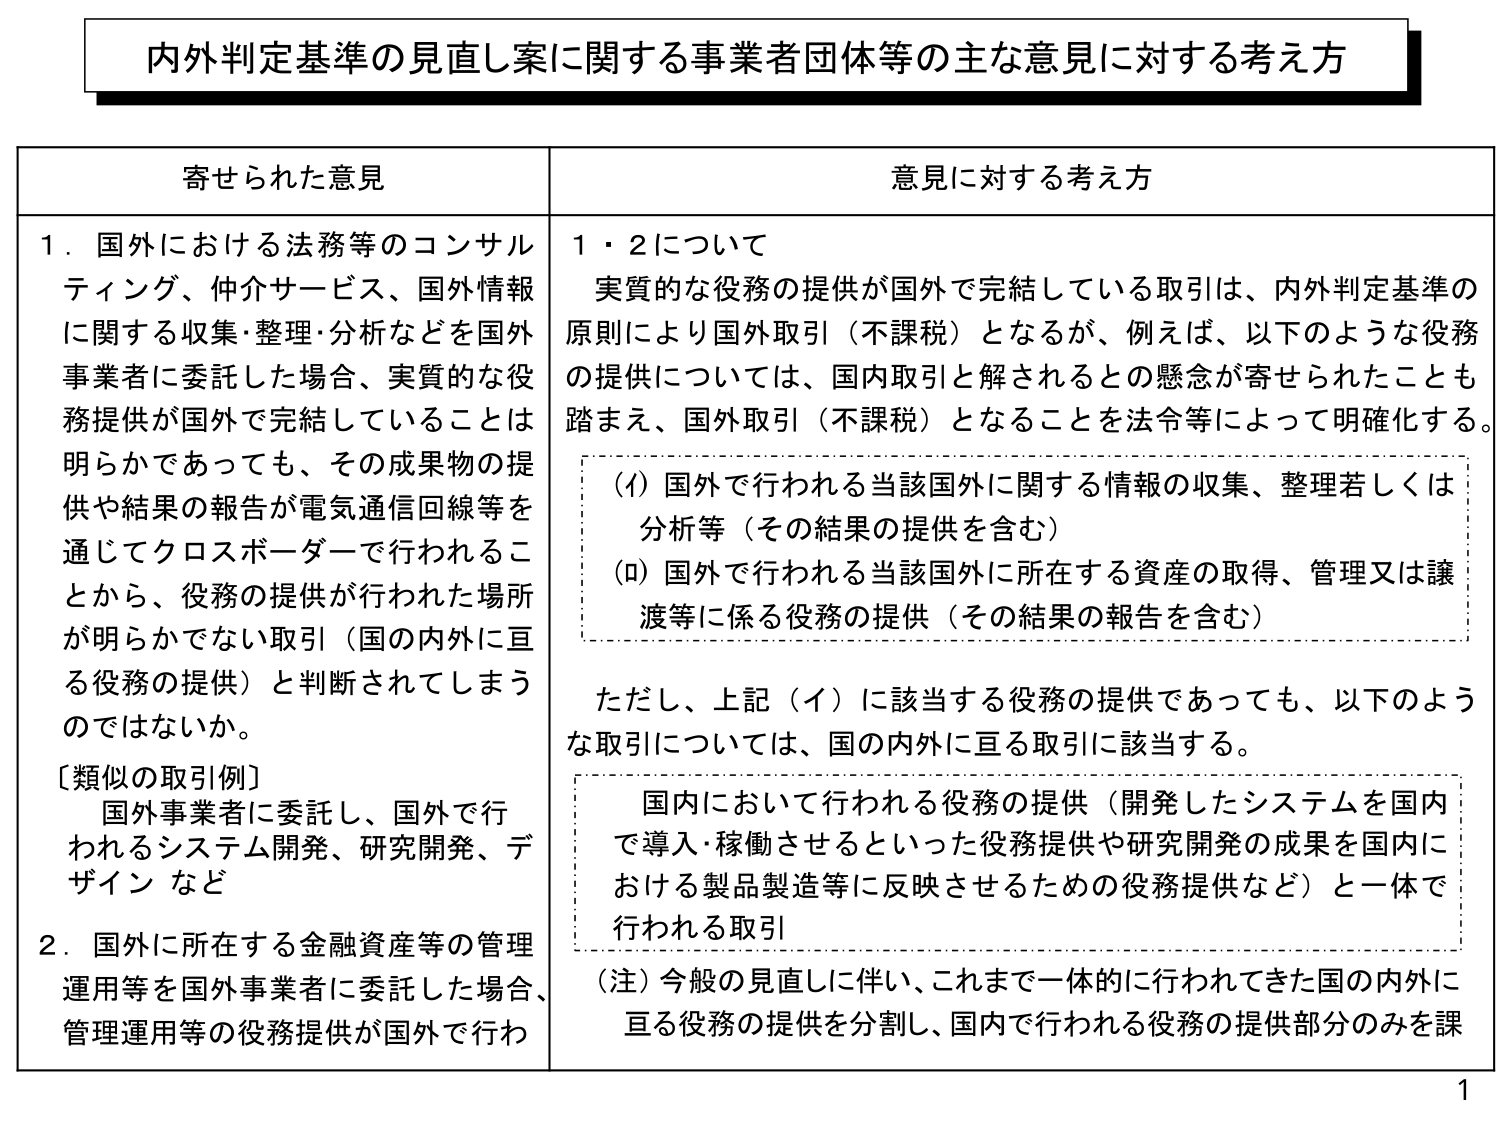
内外判定基準の見直し案に関する事業者団体等の主な意見に対する考え方

寄せられた意見

1．国外における法務等のコンサルティング、仲介サービス、国外情報に関する収集・整理・分析などを国外事業者に委託した場合、実質的な役務提供が国外で完結していることは明らかであっても、その成果物の提供や結果の報告が電気通信回線等を通じてクロスボーダーで行われることから、役務の提供が行われた場所が明らかでない取引（国の内外に亘る役務の提供）と判断されてしまうのではないか。

［類似の取引例］
国外事業者に委託し、国外で行われるシステム開発、研究開発、デザイン など

2．国外に所在する金融資産等の管理運用等を国外事業者に委託した場合、管理運用等の役務提供が国外で行わ

意見に対する考え方

1・2について
実質的な役務の提供が国外で完結している取引は、内外判定基準の原則により国外取引（不課税）となるが、例えば、以下のような役務の提供については、国内取引と解されるとの懸念が寄せられたことも踏まえ、国外取引（不課税）となることを法令等によって明確化する。

（イ）国外で行われる当該国外に関する情報の収集、整理若しくは分析等（その結果の提供を含む）
（ロ）国外で行われる当該国外に所在する資産の取得、管理又は譲渡等に係る役務の提供（その結果の報告を含む）

ただし、上記（イ）に該当する役務の提供であっても、以下のような取引については、国の内外に亘る取引に該当する。

国内において行われる役務の提供（開発したシステムを国内で導入・稼働させるといった役務提供や研究開発の成果を国内における製品製造等に反映させるための役務提供など）と一体で行われる取引

（注）今般の見直しに伴い、これまで一体的に行われてきた国の内外に亘る役務の提供を分割し、国内で行われる役務の提供部分のみを課

1